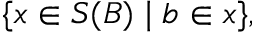
\{ x \in S ( B ) \mid b \in x \} ,